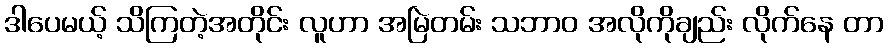
ဒါပေမယ့် သိကြတဲ့အတိုင်း လူဟာ အမြဲတမ်း သဘာဝ အလိုကိုချည်း လိုက်နေ တာ